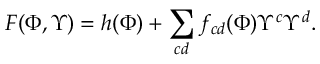
{ \cal F } { ( \Phi , { \Upsilon } ) } = h ( { \Phi } ) + \sum _ { c d } f _ { c d } ( { \Phi } ) { \Upsilon } ^ { c } { \Upsilon } ^ { d } .